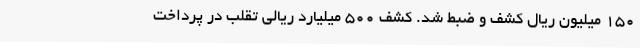
150 میلیون ریال کشف و ضبط شد. کشف 500 میلیارد ریالی تقلب در پرداخت